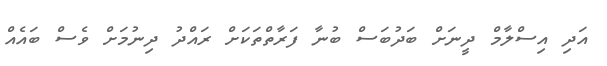
އަދި އިސްލާމް ދީނަށް ބަދުބަސް ބުނާ ފަރާތްތަކަށް ރައްދު ދިނުމަށް ވެސް ބައެއް